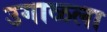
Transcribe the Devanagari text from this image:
उगाळला